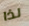
لذا